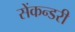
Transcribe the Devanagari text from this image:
सेंकन्‍डरी